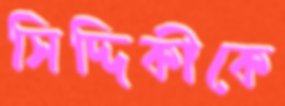
সিদ্দিকীকে